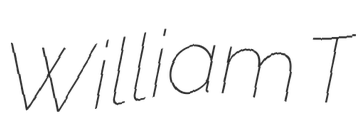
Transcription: William T